Black-water fever - Number 35
Disease focus: Fever
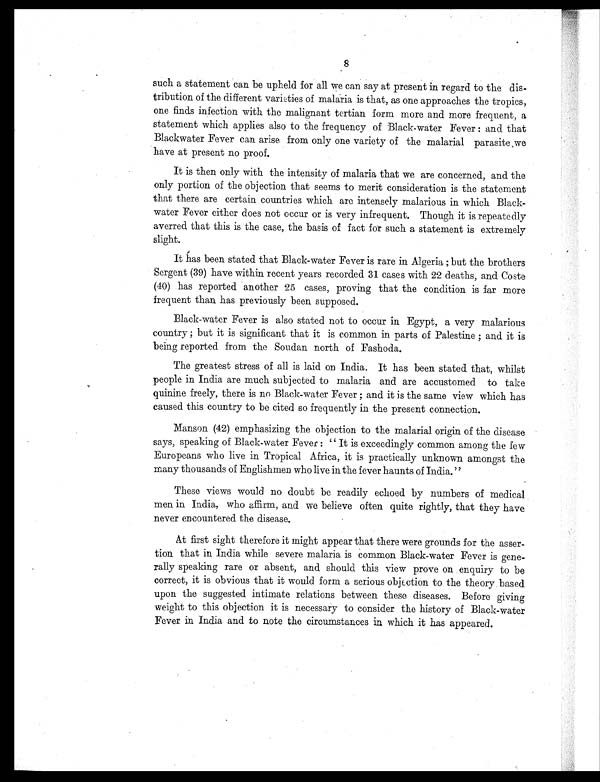
8
such a statement can be upheld for all we can say at present in regard to the dis-
tribution of the different varieties of malaria is that, as one approaches the tropics,
one finds infection with the malignant tertian form more and more frequent, a
statement which applies also to the frequency of Black-water Fever : and that
Blackwater Fever can arise from only one variety of the malarial parasite ,we
have at present no proof.
It is then only with the intensity of malaria that we are concerned, and the
only portion of the objection that seems to merit consideration is the statement
that there are certain countries which are intensely malarious in which Black-
water Fever either does not occur or is very infrequent. Though it is repeatedly
averred that this is the case, the basis of fact for such a statement is extremely
slight.
It has been stated that Black-water Fever is rare in Algeria ; but the brothers
Sergent (39) have within recent years recorded 31 cases with 22 deaths, and Coste
(40) has reported another 25 cases, proving that the condition is far more
frequent than has previously been supposed.
Black-water Fever is also stated not to occur in Egypt, a very malarious
country ; but it is significant that it is common in parts of Palestine ; and it is
being reported from the Soudan north of Fashoda.
The greatest stress of all is laid on India. It has been stated that, whilst
people in India are much subjected to malaria and are accustomed to take
quinine freely, there is no Black-water Fever ; and it is the same view which has
caused this country to be cited so frequently in the present connection.
Manson (42) emphasizing the objection to the malarial origin of the disease
says, speaking of Black-water Fever : " It is exceedingly common among the few
Europeans who live in Tropical Africa, it is practically unknown amongst the
many thousands of Englishmen who live in the fever haunts of India."
These views would no doubt be readily echoed by numbers of medical
men in India, who affirm, and we believe often quite rightly, that they have
never encountered the disease.
At first sight therefore it might appear that there were grounds for the asser-
tion that in India while severe malaria is common Black-water Fever is gene-
rally speaking rare or absent, and should this view prove on enquiry to be
correct, it is obvious that it would form a serious objection. to the theory based
upon the suggested intimate relations between these diseases. Before giving
weight to this objection it is necessary to consider the history of Black-water
Fever in India and to note the circumstances in which it has appeared.